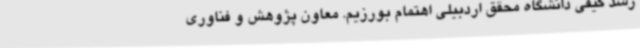
رشد کیفی دانشگاه محقق اردبیلی اهتمام بورزیم. معاون پژوهش و فناوری